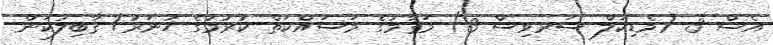
އެސް 3 (މެޑިކަލް ސަރވިސް 3) މަޤާމުގެ މަސައްކަތް ކުރުމުގެ ހުނަރު/ ޤާބިލުކަން